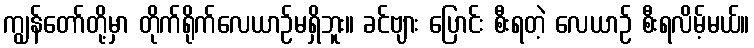
ကျွန်တော်တို့မှာ တိုက်ရိုက်လေယာဉ်မရှိဘူး။ ခင်ဗျား ပြောင်း စီးရတဲ့ လေယာဉ် စီးရလိမ့်မယ်။